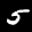
Label: 5